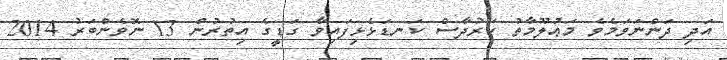
އަދި ދަންނަވަމެވެ މަޢުލޫމާތު ކަރުދާސް ކަނޑަޅެޅިފައިވާ ގަޑީގެ އިތުރުން 13 ނޮވެންބަރު 2014